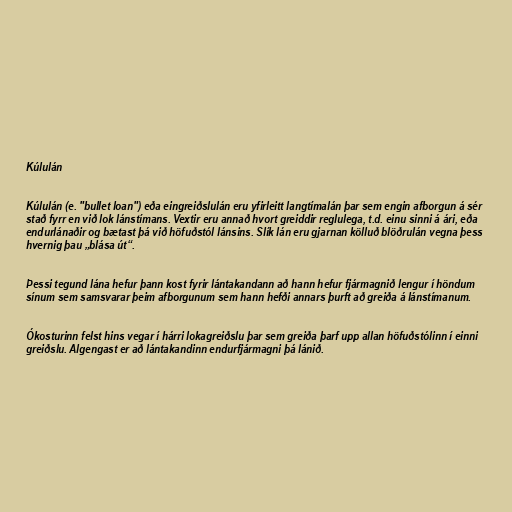
Kúlulán

Kúlulán (e. "bullet loan") eða eingreiðslulán eru yfirleitt langtímalán þar sem engin afborgun á sér
stað fyrr en við lok lánstímans. Vextir eru annað hvort greiddir reglulega, t.d. einu sinni á ári, eða
endurlánaðir og bætast þá við höfuðstól lánsins. Slík lán eru gjarnan kölluð blöðrulán vegna þess
hvernig þau „blása út“.

Þessi tegund lána hefur þann kost fyrir lántakandann að hann hefur fjármagnið lengur í höndum
sínum sem samsvarar þeim afborgunum sem hann hefði annars þurft að greiða á lánstímanum.

Ókosturinn felst hins vegar í hárri lokagreiðslu þar sem greiða þarf upp allan höfuðstólinn í einni
greiðslu. Algengast er að lántakandinn endurfjármagni þá lánið.